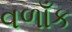
વળાઁક